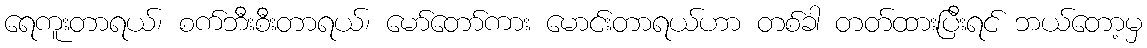
ရေကူးတာရယ်၊ စက်ဘီးစီးတာရယ်၊ မော်တော်ကား မောင်းတာရယ်ဟာ တစ်ခါ တတ်ထားပြီးရင် ဘယ်တော့မှ